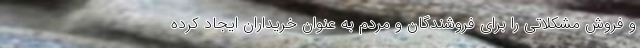
و فروش مشکلاتی را برای فروشندگان و مردم به عنوان خریداران ایجاد کرده